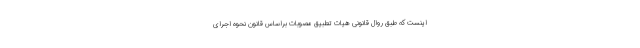
اینست که طبق روال قانونی هیات تطبیق مصوبات براساس قانون نحوه اجرای